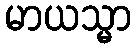
မာယသ္မာ